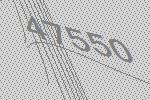
47550